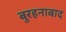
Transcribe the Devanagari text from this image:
बुरहनाबाद